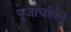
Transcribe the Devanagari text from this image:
पूजार्चाकी